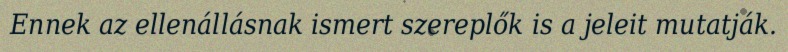
Ennek az ellenállásnak ismert szereplők is a jeleit mutatják.